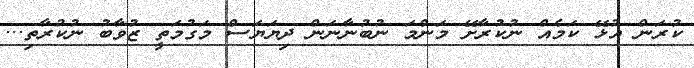
ކުރަން އުޅޭ ކަމެއް ނުކުރާށޭ މަންމަ ނުބުނާނަން ދިޔަޔަސް މަގުމަތީ ޒުވާބު ނުކުރާތި...